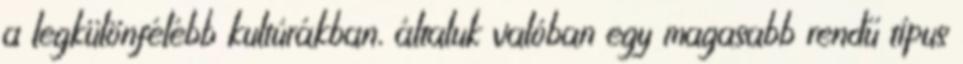
a legkülönfélébb kultúrákban, általuk valóban egy magasabb rendű típus